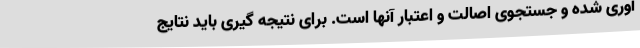
آوری شده و جستجوی اصالت و اعتبار آنها است. برای نتیجه گیری باید نتایج